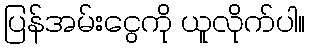
ပြန်အမ်းငွေကို ယူလိုက်ပါ။